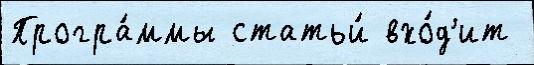
Програ́ммы статьи́ вхо́д'ит